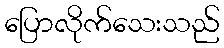
ပြောလိုက်သေးသည်